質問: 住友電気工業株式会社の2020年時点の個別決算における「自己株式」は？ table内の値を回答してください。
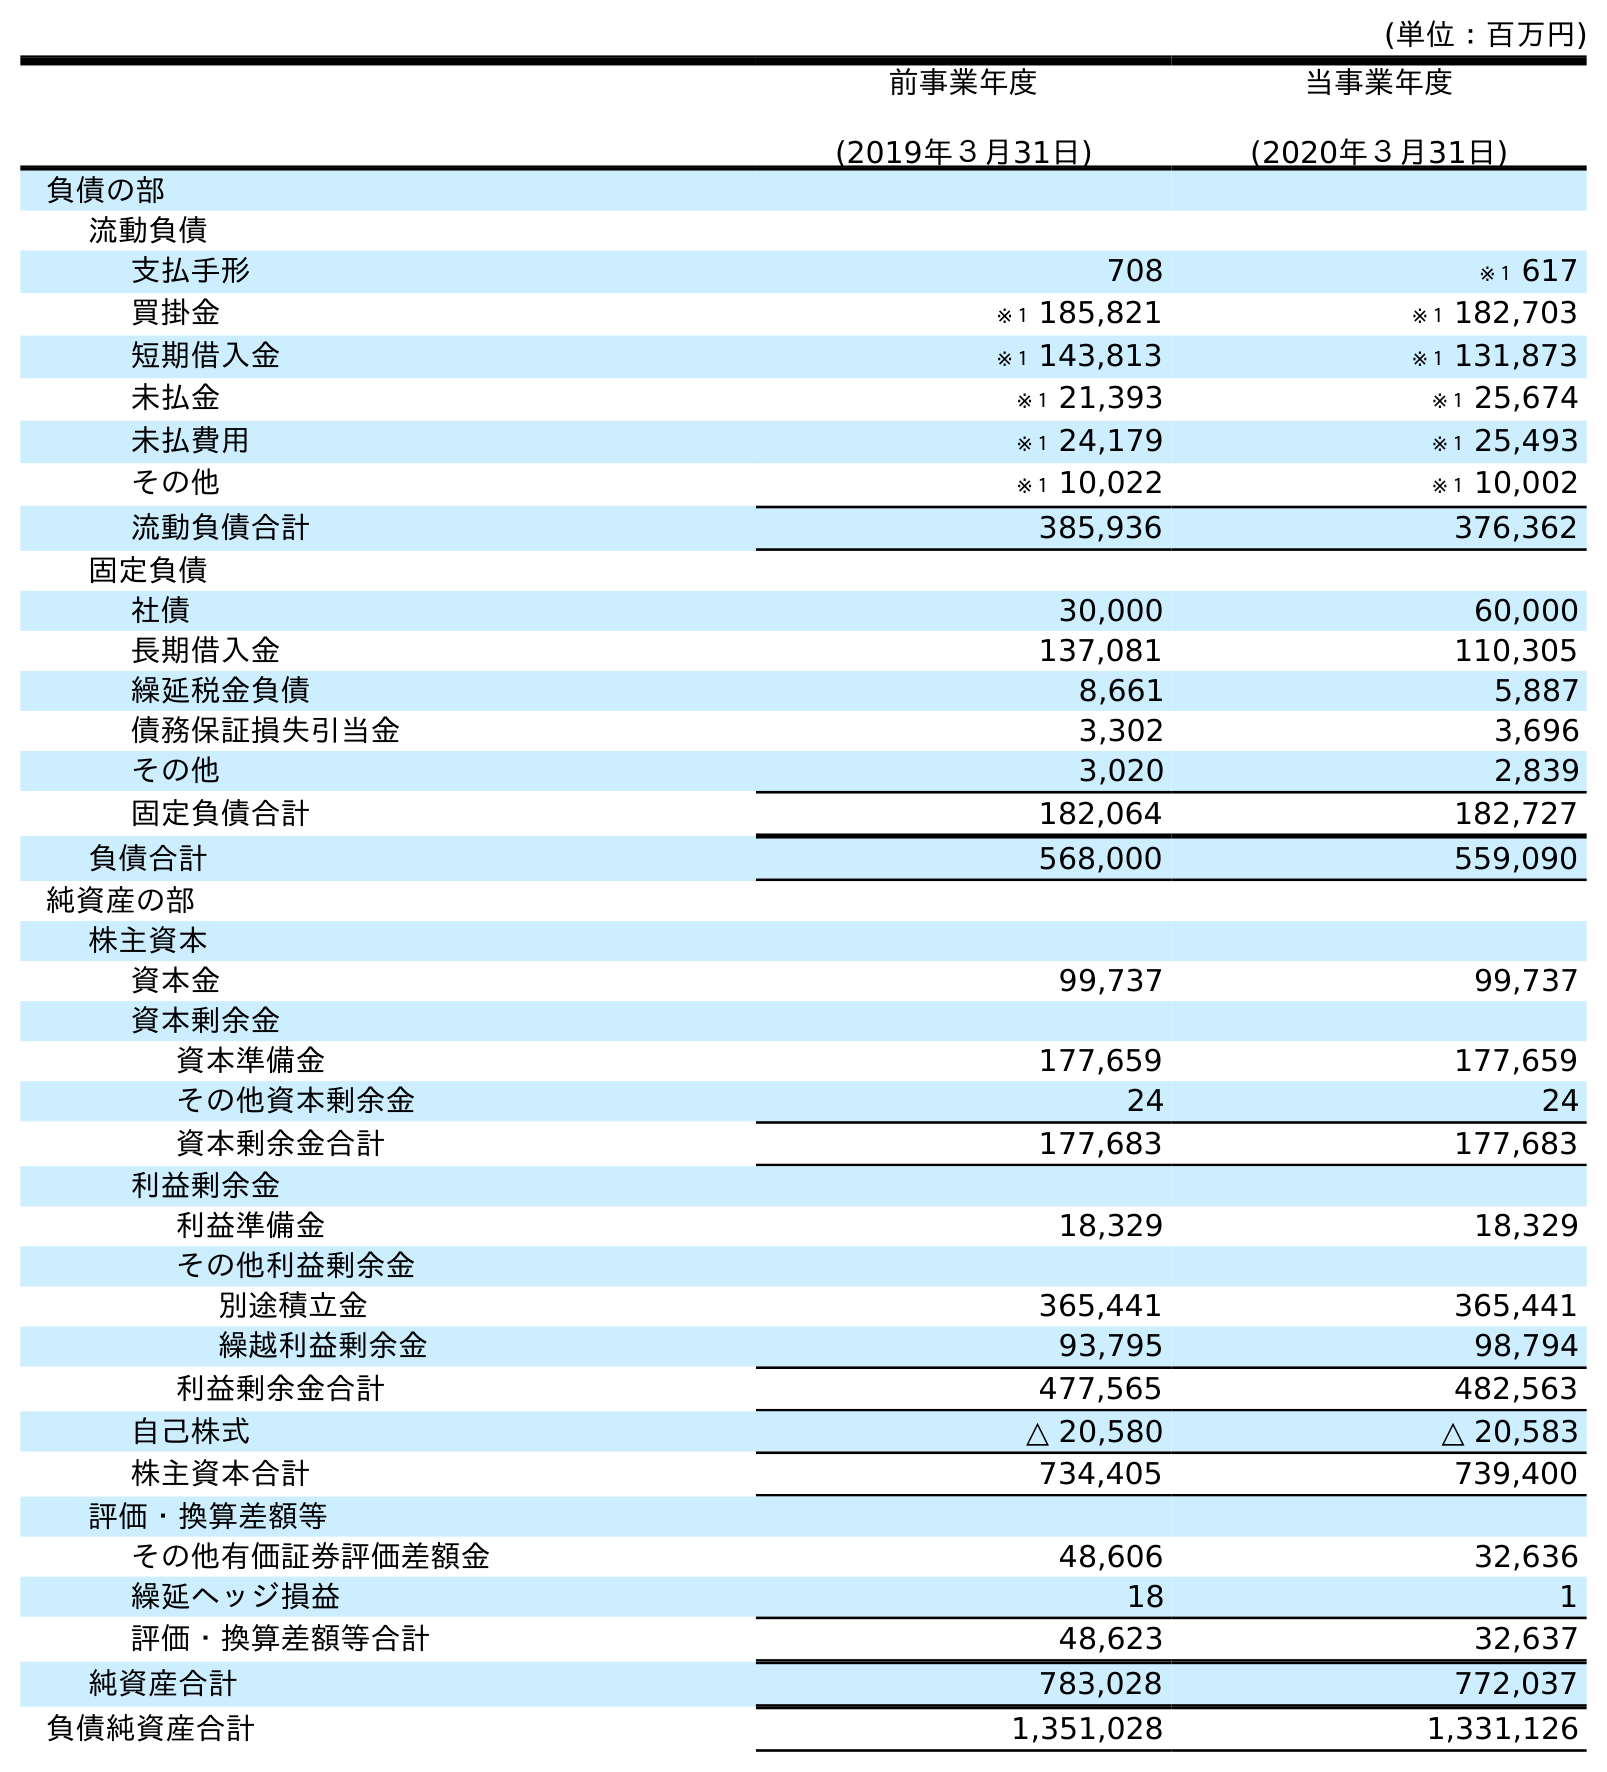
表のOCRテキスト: (単位：百万円) 前事業年度 (2019年３月31日) 当事業年度 (2020年３月31日) 負債の部 流動負債 支払手形 708 ※１ 617 買掛金 ※１ 185,821 ※１ 182,703 短期借入金 ※１ 143,813 ※１ 131,873 未払金 ※１ 21,393 ※１ 25,674 未払費用 ※１ 24,179 ※１ 25,493 その他 ※１ 10,022 ※１ 10,002 流動負債合計 385,936 376,362 固定負債 社債 30,000 60,000 長期借入金 137,081 110,305 繰延税金負債 8,661 5,887 債務保証損失引当金 3,302 3,696 その他 3,020 2,839 固定負債合計 182,064 182,727 負債合計 568,000 559,090 純資産の部 株主資本 資本金 99,737 99,737 資本剰余金 資本準備金 177,659 177,659 その他資本剰余金 24 24 資本剰余金合計 177,683 177,683 利益剰余金 利益準備金 18,329 18,329 その他利益剰余金 別途積立金 365,441 365,441 繰越利益剰余金 93,795 98,794 利益剰余金合計 477,565 482,563 自己株式 △ 20,580 △ 20,583 株主資本合計 734,405 739,400 評価・換算差額等 その他有価証券評価差額金 48,606 32,636 繰延ヘッジ損益 18 1 評価・換算差額等合計 48,623 32,637 純資産合計 783,028 772,037 負債純資産合計 1,351,028 1,331,126
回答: △20,583